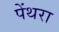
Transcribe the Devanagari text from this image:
पेंथरा